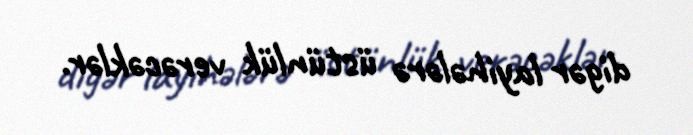
digər layihələrə üstünlük verəcəklər.